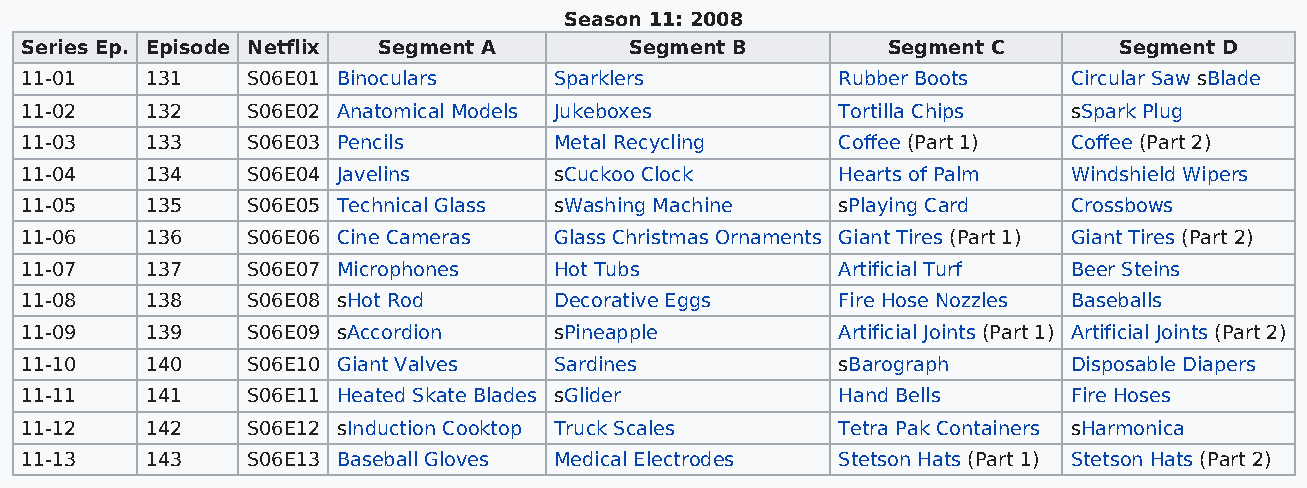
Season 11: 2008
 Series Ep. Episode Netflix Segment A     Segment B        Segment C      Segment D
 11-01    131   S06E01 Binoculars    Sparklers         Rubber Boots    Circular Saw sBlade
 11-02    132   S06E02 Anatomical Models Jukeboxes     Tortilla Chips  sSpark Plug
 11-03    133   S06E03 Pencils       Metal Recycling   Coffee (Part 1) Coffee (Part 2)
 11-04    134   S06E04 Javelins      sCuckoo Clock     Hearts of Palm  Windshield Wipers
 11-05    135   S06E05 Technical Glass sWashing Machine sPlaying Card  Crossbows
 11-06    136   S06E06 Cine Cameras  Glass Christmas Ornaments Giant Tires (Part 1) Giant Tires (Part 2)
 11-07    137   S06E07 Microphones   Hot Tubs          Artificial Turf Beer Steins
 11-08    138   S06E08 sHot Rod      Decorative Eggs   Fire Hose Nozzles Baseballs
 11-09    139   S06E09 sAccordion    sPineapple        Artificial Joints (Part 1) Artificial Joints (Part 2)
 11-10    140   S06E10 Giant Valves  Sardines          sBarograph      Disposable Diapers
 11-11    141   S06E11 Heated Skate Blades sGlider     Hand Bells      Fire Hoses
 11-12    142   S06E12 sInduction Cooktop Truck Scales Tetra Pak Containers sHarmonica
 11-13    143   S06E13 Baseball Gloves Medical Electrodes Stetson Hats (Part 1) Stetson Hats (Part 2)